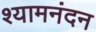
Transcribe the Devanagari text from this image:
श्यामनंदन